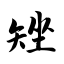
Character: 矬